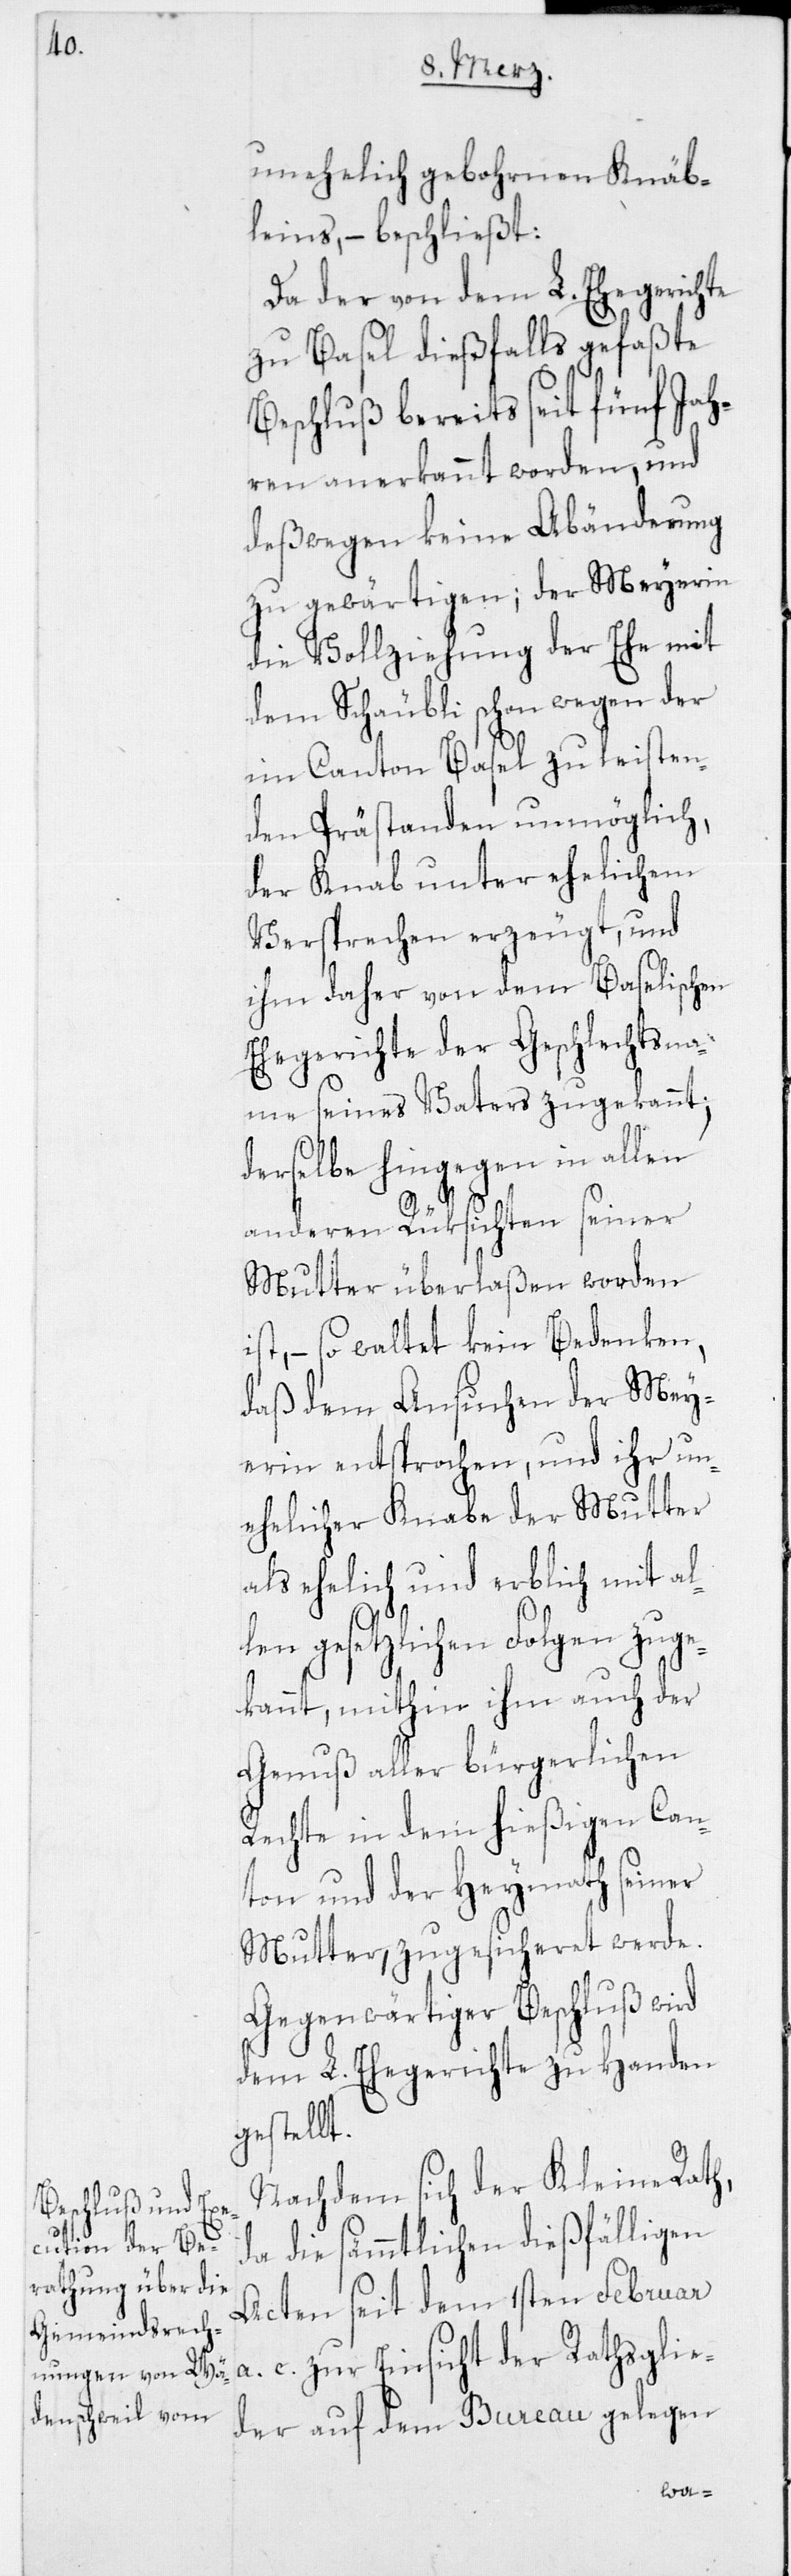
unehelich gebohrnen Knäb¬
leins, – beschließt:
Da der von dem loLbl. Ehegerichte
zu Basel dießfalls gefaßte
Beschluß bereits seit fünf Jah¬
ren anerkannt worden, und
deßwegen keine Abänderung
zu gewärtigen; der Meyerin
die Vollziehung der Ehe mit
dem Schäubli schon wegen der
im Canton Basel zu leisten¬
den Prästanden unmöglich,
der Knab unter ehelichem
Versprechen erzeugt, und
ihm daher von dem Baselischen
Ehegerichte der Geschlechtsna¬
me seines Vaters zugekannt;
derselbe hingegen in allen
anderen Rüksichten seiner
Mutter überlaßen worden
ist, – so waltet kein Bedenken,
daß dem Ansuchen der Mey¬
erin entsprochen, und ihr un¬
ehelicher Knabe der Mutter
als ehelich und erblich mit al¬
len gesetzlichen Folgen zuge¬
kannt, mithin ihm auch der
Genuß aller bürgerlichen
Rechte in dem hießigen Can¬
ton und der Heymath seiner
Mutter, zugesicheret werde.
Gegenwärtiger Beschluß wird
dem L. Ehegerichte zu Handen
gestellt.
Nachdem sich der Kleine Rath,
da die sämmtlichen dießfälligen
Acten seit dem 1sten Februar
c. zur Einsicht der Rathsglie¬
der auf dem Bureau gelegen